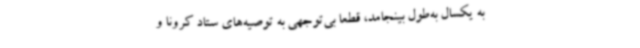
به یکسال به‌طول بینجامد، قطعا بی‌توجهی به توصیه‌های ستاد کرونا و